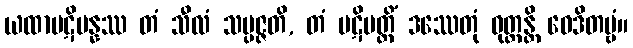
ယထာပဋိပန္နဿ တံ သီလံ သမ္ပဇ္ဇတိ, တံ ပဋိပတ္တိံ ဒဿေတုံ ဝုတ္တန္တိ ဝေဒိတဗ္ဗံ။